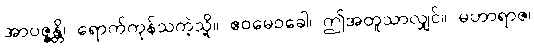
အာပဇ္ဇန္တိ၊ ရောက်ကုန်သကဲ့သို့။ ဧဝမေဝခေါ၊ ဤအတူသာလျှင်။ မဟာရာဇ၊